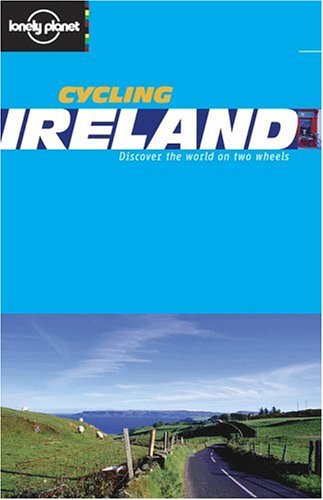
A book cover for Cycling Ireland (Lonely Planet Belgium & Luxembourg); Ian Connellan; Travel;